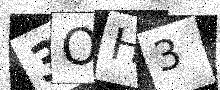
Text: 3OH3